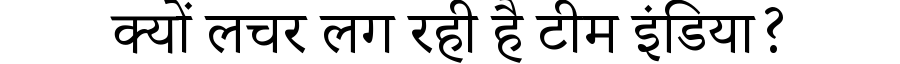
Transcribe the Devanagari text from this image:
क्यों लचर लग रही है टीम इंडिया?